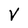
Character: V